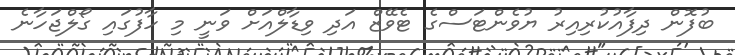
ބުފޮން ދިފާއުކުރިއިރު ޔުވެންޓަސްގެ ޓެވޭޒް އަދި ވިޑާލްއަށް ވަނީ މި ހާފުގައި ގޯލްޖަހާނެ